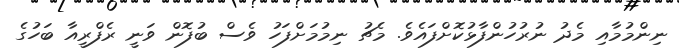
ނިންމުމާއި މެދު ނުރުހުންފާޅުކޮށްފައެވެ. މެޗު ނިމުމަށްފަހު ވެސް ބުފޮން ވަނީ ރެފްރީއާ ބަހުގެ